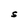
Character: S